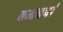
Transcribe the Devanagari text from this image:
बमबर्षा